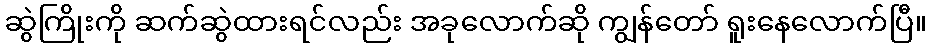
ဆွဲကြိုးကို ဆက်ဆွဲထားရင်လည်း အခုလောက်ဆို ကျွန်တော် ရူးနေလောက်ပြီ။